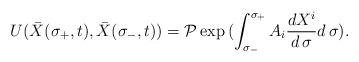
LaTeX: \begin{align*}U({\bar X}(\sigma_{+},t), {\bar X}(\sigma_{-},t))= {\cal P}\exp{(\int^{\sigma_+}_{\sigma_-} A_i {d X^i\over d \, \sigma} d\,\sigma)}.\end{align*}